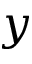
\boldsymbol { y }